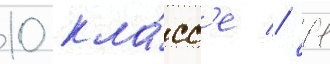
10 кла́сс'е // 11